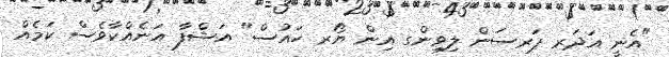
"އެނީ އަދަރ ޕަރސަން ލިވިންގ އިން ޔޯރ ހައުސް" އަޝްފާ އަނެއްކާވެސް ކަމެއް